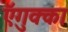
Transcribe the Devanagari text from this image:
ऍगुक्का